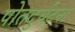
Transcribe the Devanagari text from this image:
पोतदुर्घटना